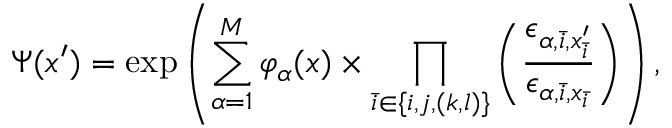
\Psi ( x ^ { \prime } ) = \exp \left( \sum _ { \alpha = 1 } ^ { M } \varphi _ { \alpha } ( x ) \times \prod _ { \bar { i } \in \{ i , j , ( k , l ) \} } \left( \frac { \epsilon _ { \alpha , \bar { i } , x _ { \bar { i } } ^ { \prime } } } { \epsilon _ { \alpha , \bar { i } , x _ { \bar { i } } } } \right) \right) ,